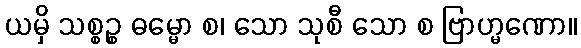
ယမှိ သစ္စဉ္စ ဓမ္မော စ၊ သော သုစီ သော စ ဗြာဟ္မဏော။